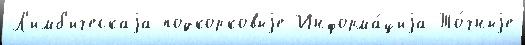
Л'имб'ическаjа подкорковыjе Информа́циjа То́чныjе